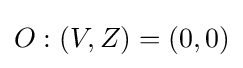
O:(V,Z)=(0,0)